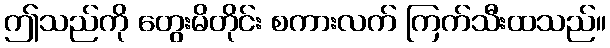
ဤသည်ကို တွေးမိတိုင်း စကားလက် ကြက်သီးထသည်။